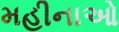
મહીનાઓ